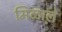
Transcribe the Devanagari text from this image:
मिळाले़